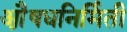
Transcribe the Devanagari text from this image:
औ़़षधनिर्मिती